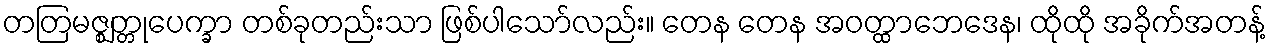
တတြမဇ္ဈတ္တုပေက္ခာ တစ်ခုတည်းသာ ဖြစ်ပါသော်လည်း။ တေန တေန အဝတ္ထာဘေဒေန၊ ထိုထို အခိုက်အတန့်